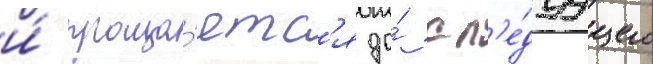
и́ проща́етс'я до́ сл'е́дуущего